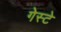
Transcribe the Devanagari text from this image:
गेस्टे